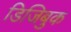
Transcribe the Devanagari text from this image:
डिजिबुक